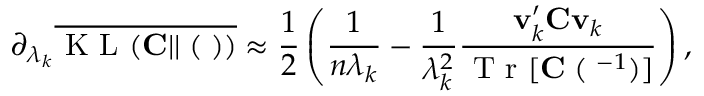
\partial _ { \lambda _ { k } } \overline { { \mathrm { ~ K ~ L ~ } ( { \bf C } | | { \bf \Xi } ( { \bf \Lambda } ) ) } } \approx \frac { 1 } { 2 } \left( \frac { 1 } { n \lambda _ { k } } - \frac { 1 } { \lambda _ { k } ^ { 2 } } \frac { { \bf v } _ { k } ^ { \prime } { \bf C } { \bf v } _ { k } } { \mathrm { ~ T ~ r ~ } [ { \bf C \Xi } ( { \bf \Lambda } ^ { - 1 } ) ] } \right) ,